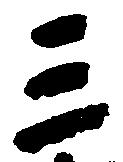
三